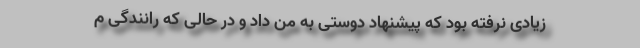
زیادی نرفته بود که پیشنهاد دوستی به من داد و در حالی که رانندگی م